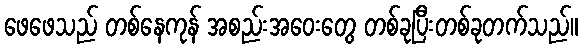
ဖေဖေသည် တစ်နေကုန် အစည်းအဝေးတွေ တစ်ခုပြီးတစ်ခုတက်သည်။